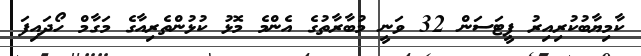
ކާމިޔާބުކުރިއިރު ޕީޓަސަން 32 ވަނީ މުބާރާތުގެ އެންމެ މޮޅު ކުޅުންތެރިއާގެ މަގާމް ހޯދައިފަ